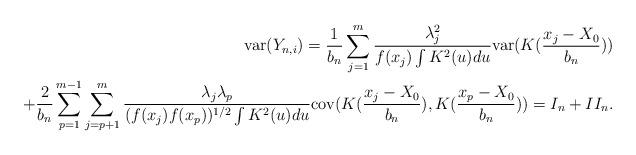
LaTeX: \begin{align*}\mathrm{var}(Y_{n,i})=\frac{1}{b_{n}}\sum_{j=1}^{m}\frac{\lambda_{j}^{2}}{f(x_{j})\int K^{2}(u)du}\mathrm{var}(K(\frac{x_{j}-X_{0}}{b_{n}}))\\+\frac{2}{b_{n}}\sum_{p=1}^{m-1}\sum_{j=p+1}^{m}\frac{\lambda_{j}\lambda_{p}}{(f(x_{j})f(x_{p}))^{1/2}\int K^{2}(u)du}\mathrm{cov}(K(\frac{x_{j}-X_{0}}{b_{n}}),K(\frac{x_{p}-X_{0}}{b_{n}}))=I_{n}+II_{n}. \end{align*}